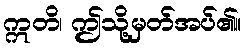
ဣတိ၊ ဤသို့မှတ်အပ်၏။